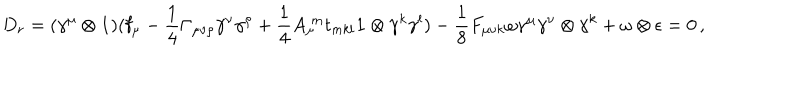
LaTeX: D _ { r } = ( \gamma ^ { \mu } \otimes \mathbf { 1 } ) ( \mathbf { f } _ { \mu } - \frac { 1 } { 4 } \Gamma _ { \mu \nu \rho } \gamma ^ { \nu } \gamma ^ { \rho } + \frac { 1 } { 4 } A _ { \mu } ^ { \; m } t _ { m k l } \mathbf { 1 } \otimes \gamma ^ { k } \gamma ^ { l } ) - \frac { 1 } { 8 } F _ { \mu \nu k } \omega \gamma ^ { \mu } \gamma ^ { \nu } \otimes \gamma ^ { k } + \omega \otimes \epsilon = 0 \, ,